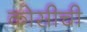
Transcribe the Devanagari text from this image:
कोसीची